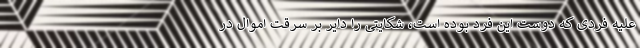
علیه فردی که دوست این فرد بوده است، شکایتی را دایر بر سرقت اموال در